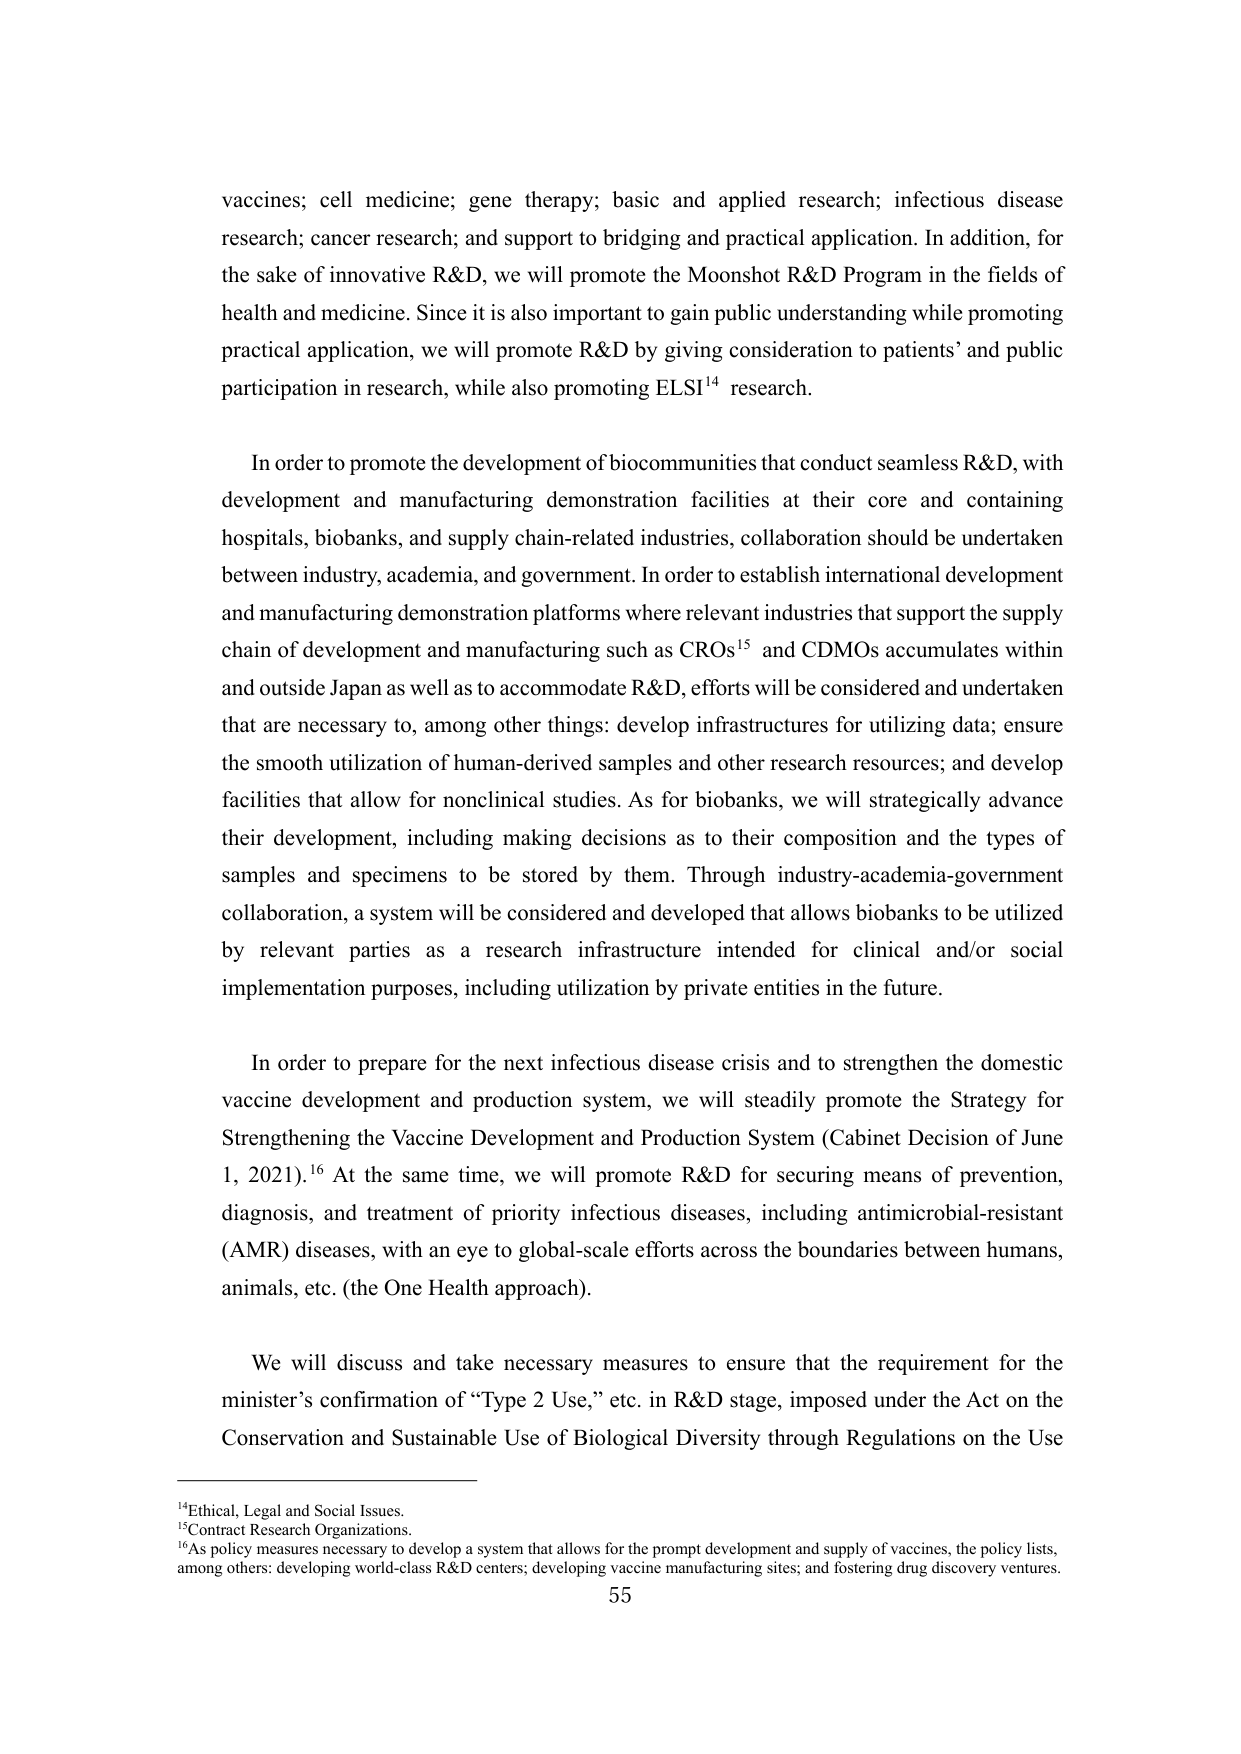
vaccines; cell medicine; gene therapy; basic and applied research; infectious disease research; cancer research; and support to bridging and practical application. In addition, for the sake of innovative R&D, we will promote the Moonshot R&D Program in the fields of health and medicine. Since it is also important to gain public understanding while promoting practical application, we will promote R&D by giving consideration to patients’ and public participation in research, while also promoting ELSI¹⁴ research.

In order to promote the development of biocommunities that conduct seamless R&D, with development and manufacturing demonstration facilities at their core and containing hospitals, biobanks, and supply chain-related industries, collaboration should be undertaken between industry, academia, and government. In order to establish international development and manufacturing demonstration platforms where relevant industries that support the supply chain of development and manufacturing such as CROs¹⁵ and CDMOs accumulates within and outside Japan as well as to accommodate R&D, efforts will be considered and undertaken that are necessary to, among other things: develop infrastructures for utilizing data; ensure the smooth utilization of human-derived samples and other research resources; and develop facilities that allow for nonclinical studies. As for biobanks, we will strategically advance their development, including making decisions as to their composition and the types of samples and specimens to be stored by them. Through industry-academia-government collaboration, a system will be considered and developed that allows biobanks to be utilized by relevant parties as a research infrastructure intended for clinical and/or social implementation purposes, including utilization by private entities in the future.

In order to prepare for the next infectious disease crisis and to strengthen the domestic vaccine development and production system, we will steadily promote the Strategy for Strengthening the Vaccine Development and Production System (Cabinet Decision of June 1, 2021).¹⁶ At the same time, we will promote R&D for securing means of prevention, diagnosis, and treatment of priority infectious diseases, including antimicrobial-resistant (AMR) diseases, with an eye to global-scale efforts across the boundaries between humans, animals, etc. (the One Health approach).

We will discuss and take necessary measures to ensure that the requirement for the minister’s confirmation of “Type 2 Use,” etc. in R&D stage, imposed under the Act on the Conservation and Sustainable Use of Biological Diversity through Regulations on the Use

¹⁴ Ethical, Legal and Social Issues.
¹⁵ Contract Research Organizations.
¹⁶ As policy measures necessary to develop a system that allows for the prompt development and supply of vaccines, the policy lists, among others: developing world-class R&D centers; developing vaccine manufacturing sites; and fostering drug discovery ventures.

55